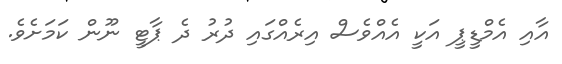
އާއި އެމްޑީޕީ އަކީ އެއްވެސް އިރެއްގައި ދުރު ދެ ޕާޓީ ނޫން ކަމަށެވެ.